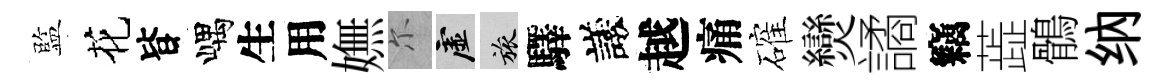
監花𣅜嵎生用嫵尓虚旅驛議越痛確𤓖譎竊蕋鶻纳